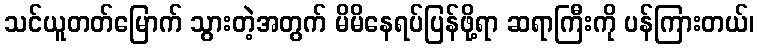
သင်ယူတတ်မြောက် သွားတဲ့အတွက် မိမိနေရပ်ပြန်ဖို့ရာ ဆရာကြီးကို ပန်ကြားတယ်၊